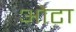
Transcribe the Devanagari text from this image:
ओेटा